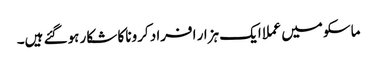
ماسکو میں عملا ایک ہزار افراد کرونا کا شکار ہوگئے ہیں۔